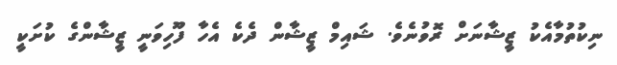
ނިކުތުމާއެކު ޒީޝާނަށް ރޮވުނެވެ. ޝައިމް ޒީޝާން ދެކެ އެހާ ފޫހިވަނީ ޒީޝާންގެ ކުށަކީ